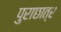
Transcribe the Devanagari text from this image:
पुराछात्र